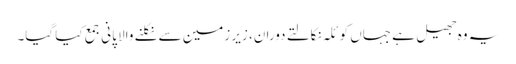
یہ وہ جھیل ہے جہاں کوئلہ نکالتے دوران، زیر زمین سے نکلنے والا پانی جمع کیا گیا۔